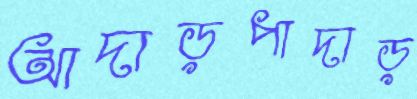
আদাড়পাদাড়